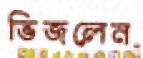
ভিজলেন